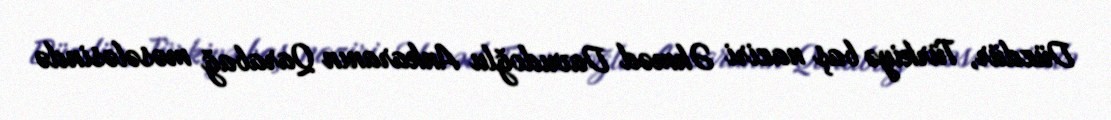
Düzdür, Türkiyə baş naziri Əhməd Davudoğlu Ankaranın Qarabağ məsələsində